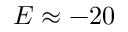
E \approx - 2 0